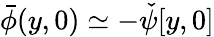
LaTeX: \bar{\phi}(y,0)\simeq-{\check{\psi}}[y,0]